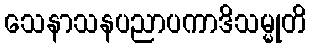
သေနာသနပညာပကာဒိသမ္မုတိ